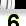
Digit: 6